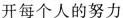
开每个人的努力